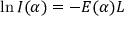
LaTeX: \ln { \cal I } ( \alpha ) = - E ( \alpha ) L